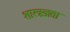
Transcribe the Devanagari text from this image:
शास्त्रज्ञता